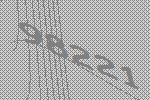
98221